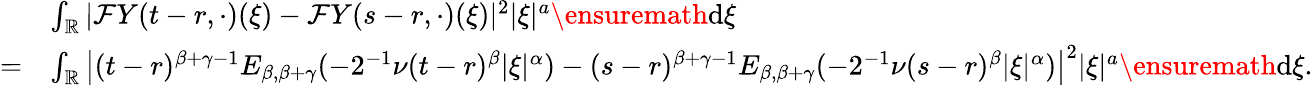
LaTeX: \begin{array}{rl}&{\int_{\mathbb{R}}|\mathcal{F}Y(t-r,\cdot)(\xi)-\mathcal{F}Y(s-r,\cdot)(\xi)|^{2}|\xi|^{a}\ensuremath{\mathrm{d}}\xi}\\ {=}&{\int_{\mathbb{R}}\left|(t-r)^{\beta+\gamma-1}E_{\beta,\beta+\gamma}(-2^{-1}\nu(t-r)^{\beta}|\xi|^{\alpha})-(s-r)^{\beta+\gamma-1}E_{\beta,\beta+\gamma}(-2^{-1}\nu(s-r)^{\beta}|\xi|^{\alpha})\right|^{2}|\xi|^{a}\ensuremath{\mathrm{d}}\xi.}\end{array}